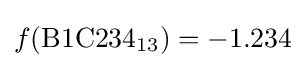
f(\mathrm {B1C234} _{13})=-1.234